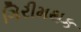
ગિરીમથક